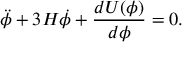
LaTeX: \ddot { \phi } + 3 H \dot { \phi } + \frac { d U ( \phi ) } { d \phi } = 0 .